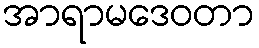
အာရာမဒေဝတာ